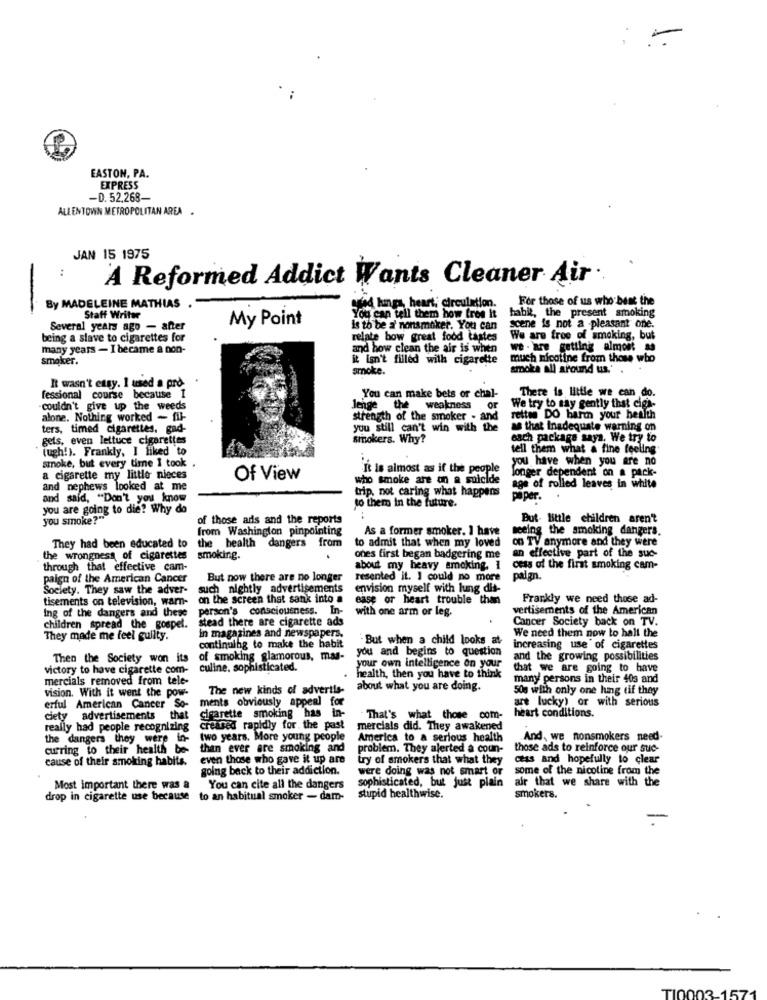
EASTON, PA.
EXPRESS
-D. 52.268-
ALLENTOWN METROPOLITAN AREA .
JAN 15 1975
A Reformed Addict Wants Cleaner Air.
For those of us who bent the
By MADELEINE MATHIAS
stad lungs, heart, circulation.
Staff Writer
My Point
You can tell them how free it habit, the present smoking
Several years ago - after
is to be a nonsmoker. You can
scene is not a pleasant one.
being a slave to cigarettes for
relate bow great food tastes
We are free of smoking, but
many years - I became a non-
and how clean the air is when
we . are getting almost as
smoker.
it isn't filled with cigarette
much nicotine from those who
smoke.
smoke all around us. ..
It wasn't easy. 1 used a pro. .
There is little we can do.
fessional course because 1
You can make bets or chal-
couldn't give up the weeds
lenge the weakness
or
We try to say gently that ciga-
alone. Nothing worked - fil-
strength of the smoker - and
retten DO baren your health
ters, timed cigarettes. gad-
you still can't win with the
as that Inadequate warning on
gets, even lettuce cigarettes
smokers. Why?
each package saya. We try to
(ugh!). Frankly, I liked to
tell them what a fine feeling'
smoke, but every time I took .
you have when you are no
It is almost as if the people
longer dependent on a pack-
a cigarette my little nioces
Of View
who smoke are on a suicide
and nephews looked at me
trip, not caring what happens
age of rolled leaves in white
and said, "Don't you know
to them in the future.
paper.
you are going to die? Why do
you smoke?"
of those ads and the reports
But- little children aren't
from Washington pinpointing
As a former smoker. 1 have
seeing the smoking dangers.
They had been educated to
the health dangers from
on TV anymore and they were
to admit that when my loved
an effective part of the suc-
the wrongness of cigarettes
smoking.
ones first began badgering me
through that effective cam-
about my heavy smoking, 1 cess of the first smoking cam-
paign of the American Cancer
But now there are no longer
resented it. I could no more
paign.
Society. They saw the adver-
such nightly advertisements
envision myself with lung dis-
tisements on television, warn-
on the screen that sank into a
ease or heart trouble than
Frankly we need those ad-
person's consciousness. In-
with one arm or leg.
vertisements of the American
Ing of the dangers and these
stead there are cigarette ads
Cancer Society back on TV.
children spread the gospel.
We need them now to halt the
They made me feel guilty.
In magazines and newspapers.
. But when a child looks at-
continuing to make the habit
you and begins to question
increasing use of cigarettes
Then the Society won its
of smoking glamorous, mas-
and the growing possibilities
victory to have cigarette com-
culine, sophisticated.
your own intelligence on your
that we are going to have
mercials removed from tele-
health, then you have to think
many persons in their 40s and
vision. With it went the pow-
The new kinds of advertis-
about what you are doing.
50g with only one lung tif they
erful American Cancer So-
ments obviously appeal for
are lucky) or with serious
ciety advertisements that
cigarette smoking has in-
That's what those com-
heart conditions.
really had people recognizing
creased rapidly for the past
mercials did. They awakened
the dangers they were in-
two years. More young people
America to a serious health
And, we nonsmokers need-
curring to their health be-
than ever are smoking and
problem. They alerted a coun-
those ads to reinforce our suc-
cause of their smoking habits.
even those who gave it up are
try of smokers that what they
cess and hopefully to clear
going back to their addiction.
were doing was not smart or
some of the nicotine from the
air that we share with the
Most important there was a
You can cite all the dangers
sophisticated, but just plain
drop in cigarette use because to an habitual smoker - dam-
stupid healthwise.
smokers.
TI0003-157